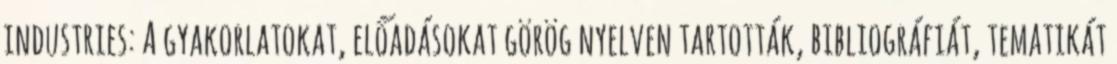
industries: A gyakorlatokat, előadásokat görög nyelven tartották, bibliográfiát, tematikát